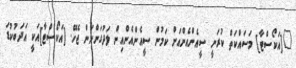
"[އަކޯސްޓާ] މަސައްކަތް ކުރަނީ ސީއެންއެންއަށް ކަމުން ސީއެންއެންއިން ލަދުގަންނަން ޖެހޭ. [އަކޯސްޓާ]އަކީ އަދަބުކުޑަ